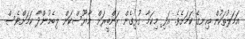
އަމަލުތަކުން އިނގޭ ކަމަށެވެ. އަދި މިކަމާ ގުޅިގެން ރަންބީރަށް މާޔޫސްކަން ލިބެމުންދާ ކަމަށްވެސް